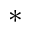
^ *